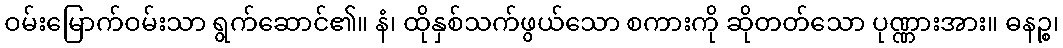
ဝမ်းမြောက်ဝမ်းသာ ရွက်ဆောင်၏။ နံ၊ ထိုနှစ်သက်ဖွယ်သော စကားကို ဆိုတတ်သော ပုဏ္ဏားအား။ ဓနဉ္စ၊